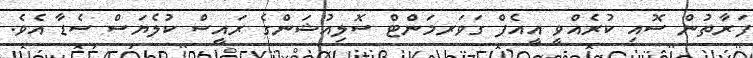
ފަރާތުން ސޮއި ކުރެއްވީ އީއެފް ގަވަރމަންޓް ސޮލިއުޝަންގެ ރައީސް ކުލެޔަސް ސެޑާ އެވެެ.